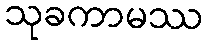
သုခကာမဿ